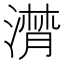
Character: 潸